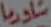
شاورما